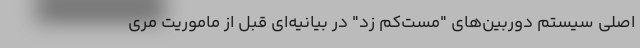
اصلی سیستم دوربین‌های "مست‌کم زد" در بیانیه‌ای قبل از ماموریت مری